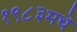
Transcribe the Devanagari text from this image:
१९८३मधे